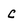
Character: c